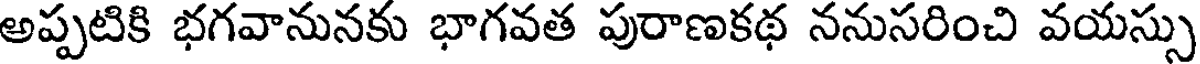
అప్పటికి భగవానునకు భాగవత పురాణకథ ననుసరించి వయస్సు